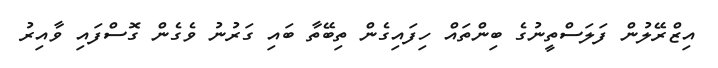
އިޒްރޭލުން ފަލަސްތީނުގެ ބިިންތައް ހިފައިގެން ތިބޭތާ ބައި ގަރުނު ވެގެން ގޮސްފައި ވާއިރު